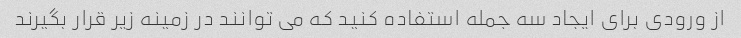
از ورودی برای ایجاد سه جمله استفاده کنید که می توانند در زمینه زیر قرار بگیرند